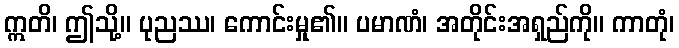
ဣတိ၊ ဤသို့။ ပုညဿ၊ ကောင်းမှု၏။ ပမာဏံ၊ အတိုင်းအရှည်ကို။ ကာတုံ၊